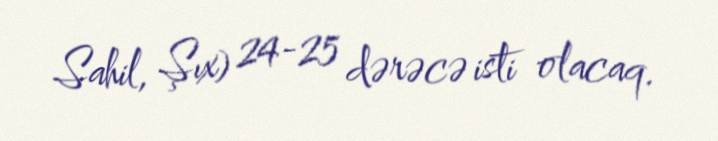
Sahil, Şıx) 24-25 dərəcə isti olacaq.